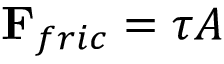
\mathbf { F } _ { f r i c } = \tau A